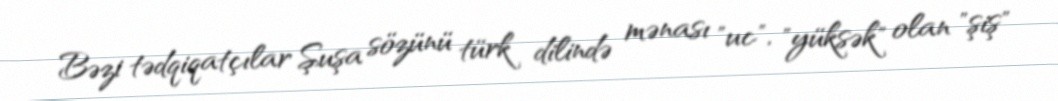
Bəzi tədqiqatçılar Şuşa sözünü türk dilində mənası "uc", "yüksək" olan "şiş"